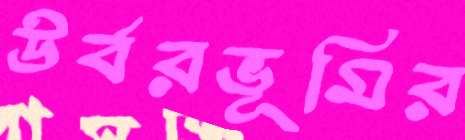
উর্বরভূমির